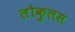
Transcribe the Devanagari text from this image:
लोकुलस